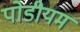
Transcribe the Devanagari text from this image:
पोडीयम